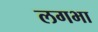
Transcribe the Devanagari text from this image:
लगभा